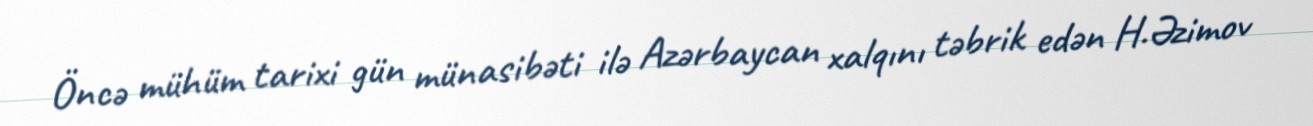
Öncə mühüm tarixi gün münasibəti ilə Azərbaycan xalqını təbrik edən H.Əzimov